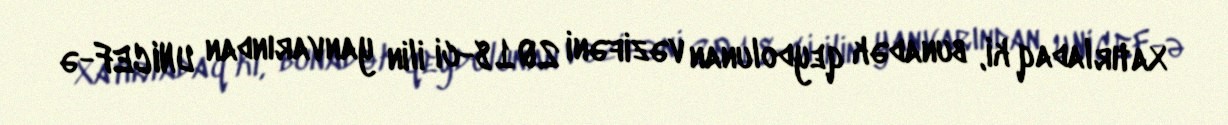
Xatırladaq ki, bunadək qeydolunan vəzifəni 2018-ci ilin yanvarından UNICEF-ə